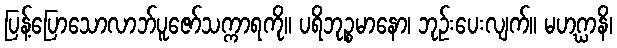
ပြန့်ပြောသောလာဘ်ပူဇော်သက္ကာရကို။ ပရိဘုဉ္စမာနော၊ ဘုဉ်းပေးလျက်။ မဟဂ္ဃာနိ၊